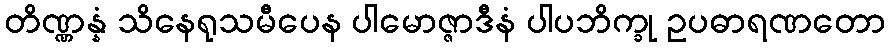
တိဏ္ဏန္နံ သိနေရုသမီပေန ပါမောဇ္ဇာဒီနံ ပါပဘိက္ခု ဥပဓာရဏတော